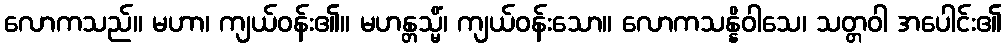
လောကသည်။ မဟာ၊ ကျယ်ဝန်း၏။ မဟန္တသ္မိံ၊ ကျယ်ဝန်းသော။ လောကသန္နိဝါသေ၊ သတ္တဝါ အပေါင်း၏